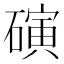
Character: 𬒞